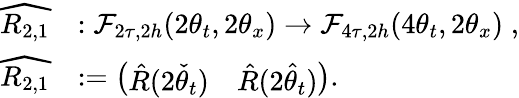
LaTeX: \begin{array}{rl}{\widehat{R_{2,1}}}&{:\mathcal{F}_{2\tau,2h}(2\theta_{t},2\theta_{x})\to\mathcal{F}_{4\tau,2h}(4\theta_{t},2\theta_{x})\; ,}\\ {\widehat{R_{2,1}}}&{:=\left(\begin{array}{ll}{\hat{R}(2\check{\theta}_{t})}&{\hat{R}(2\hat{\theta}_{t})}\end{array}\right).}\end{array}